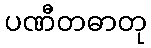
ပဏီတဓာတု